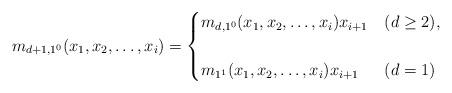
LaTeX: \begin{align*} m_{d+1,1^0}(x_1,x_2,\ldots,x_i) = \begin{cases} m_{d,1^0}(x_1,x_2,\ldots,x_i) x_{i+1} &(d\ge2), \\\\ m_{1^{1}}(x_1,x_2,\ldots,x_i) x_{i+1} &(d=1) \end{cases}\end{align*}